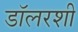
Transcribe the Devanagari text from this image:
डॉलरशी